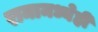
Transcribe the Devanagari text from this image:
रामामध्येही